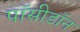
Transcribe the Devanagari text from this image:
पॉसीडॉन